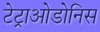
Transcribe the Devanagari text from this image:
टेट्राओडोनिस